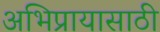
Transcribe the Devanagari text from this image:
अभिप्रायासाठी